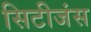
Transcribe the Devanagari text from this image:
सिटीजंस